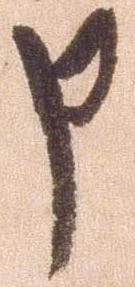
申